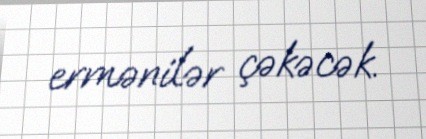
ermənilər çəkəcək.